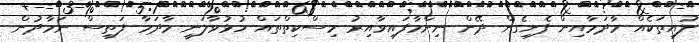
ލުއިތަކެއް މާދަމާއިން ފެށިގެން ދޭން ނިންމާފައިވާއިރު މިސްކިތްތައް ހުޅުވާލަނީ މާދަމާ ފަތިސް ނަމާދުން